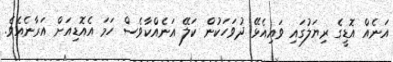
އަނެއް އޮޑީގެ ރިޔަލުގައި ވައިއެޅޭ ދުވަހަކުން ކަލޭ އަނެއްކާވެސް ހަމަ އެއޮޑިއަށް އަރާނެއެވެ.